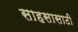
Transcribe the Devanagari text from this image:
साहसासाठी